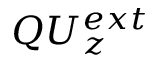
{ Q } { U _ { z } ^ { e x t } }